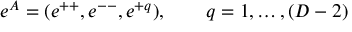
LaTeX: e ^ { A } = ( e ^ { + + } , e ^ { -- } , e ^ { + q } ) , \qquad q = 1 , \ldots , ( D - 2 )